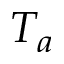
T _ { a }